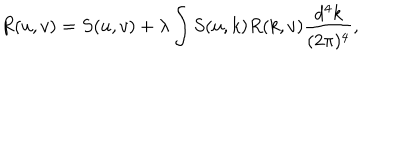
R ( u , v ) = S ( u , v ) + \lambda \int S ( u , k ) R ( k , v ) \frac { d ^ { 4 } k } { ( 2 \pi ) ^ { 4 } } ,